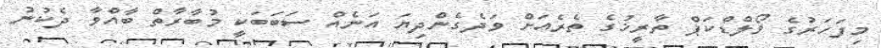
މިފަހަރުގެ ވޯލްޑްކަޕް ތާރީޚުގެ ތެރެއަށް ވަދެގެންދިޔަ އަނެއް ސަބަބަކީ މުބާރާތް ބާއްވާ ދެކުނު